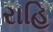
રાહિ